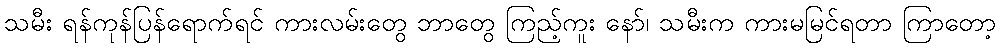
သမီး ရန်ကုန်ပြန်ရောက်ရင် ကားလမ်းတွေ ဘာတွေ ကြည့်ကူး နော်၊ သမီးက ကားမမြင်ရတာ ကြာတော့